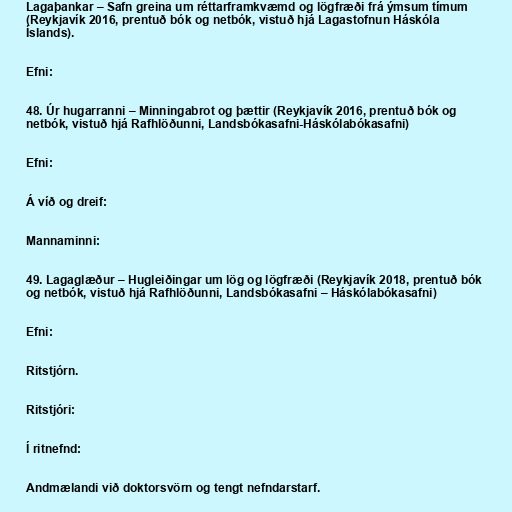
Lagaþankar – Safn greina um réttarframkvæmd og lögfræði frá ýmsum tímum
(Reykjavík 2016, prentuð bók og netbók, vistuð hjá Lagastofnun Háskóla
Íslands).

Efni:

48. Úr hugarranni – Minningabrot og þættir (Reykjavík 2016, prentuð bók og
netbók, vistuð hjá Rafhlöðunni, Landsbókasafni-Háskólabókasafni)

Efni:

Á víð og dreif:

Mannaminni:

49. Lagaglæður – Hugleiðingar um lög og lögfræði (Reykjavík 2018, prentuð bók
og netbók, vistuð hjá Rafhlöðunni, Landsbókasafni – Háskólabókasafni)

Efni:

Ritstjórn.

Ritstjóri:

Í ritnefnd:

Andmælandi við doktorsvörn og tengt nefndarstarf.